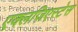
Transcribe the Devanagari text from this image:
एक्लज़िएस्टेस